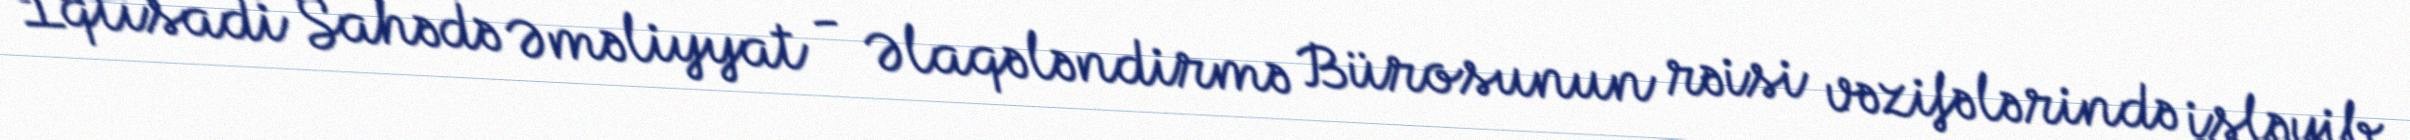
İqtisadi Sahədə Əməliyyat - Əlaqələndirmə Bürosunun rəisi vəzifələrində işləyib.